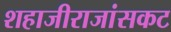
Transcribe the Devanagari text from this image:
शहाजीराजांसकट